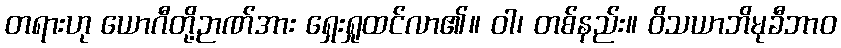
တရားဟု ယောဂီတို့ဉာဏ်အား ရှေးရှုထင်လာ၏။ ဝါ၊ တစ်နည်း။ ဝိသယာဘိမုခီဘာဝ